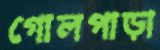
গোলপাড়া